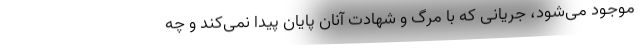
موجود می‌شود، جریانی که با مرگ و شهادت آنان پایان پیدا نمی‌کند و چه